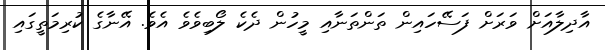
އާދިލާއަށް ވަރަށް ފަސޭހައިން ތަންތަނާއި މީހުން ދެކެ ލޯބިވެވެ އެވެ. އޭނާގެ ކުރިމަތީގައި